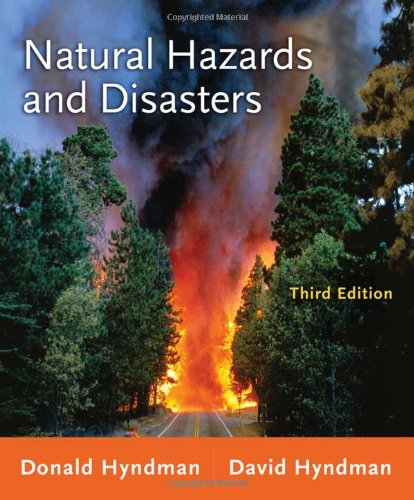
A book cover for Natural Hazards and Disasters; Donald Hyndman; Science & Math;